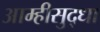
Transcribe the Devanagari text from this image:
आम्हीसुद्धा